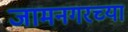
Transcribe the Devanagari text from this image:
जामनगरच्या